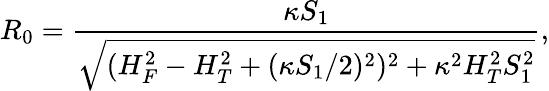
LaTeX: R_{0}={\frac{\kappa S_{1}}{\sqrt{(H_{F}^{2}-H_{T}^{2}+(\kappa S_{1}/2)^{2})^{2}+\kappa^{2}H_{T}^{2}S_{1}^{2}}}},